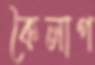
কৈলাগ